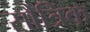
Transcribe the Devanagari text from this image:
सौत्रिक